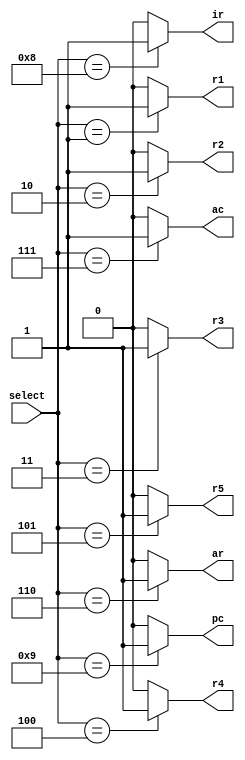
module Decoder(
	input wire [3:0] select,
	output wire r1,r2,r3,r4,r5,ac,pc,ir,ar
	);
	
	localparam R1 = 4'd1,
				  R2 = 4'd2,
				  R3 = 4'd3,
				  R4 = 4'd4,
				  R5 = 4'd5,
				  AR = 4'd6,
				  AC = 4'd7,
				  IR = 4'd8,
				  PC = 4'd9;
				  
				  
				  
	assign r1 = (select == R1)? 1'b1 : 0;
	assign r2 = (select == R2)? 1'b1 : 0;
	assign r3 = (select == R3)? 1'b1 : 0;
	assign r4 = (select == R4)? 1'b1 : 0;
	assign r5 = (select == R5)? 1'b1 : 0;
	assign ac = (select == AC)? 1'b1 : 0;
	assign pc = (select == PC)? 1'b1 : 0;
	assign ir = (select == IR)? 1'b1 : 0;
	assign ar = (select == AR)? 1'b1 : 0;
	
endmodule